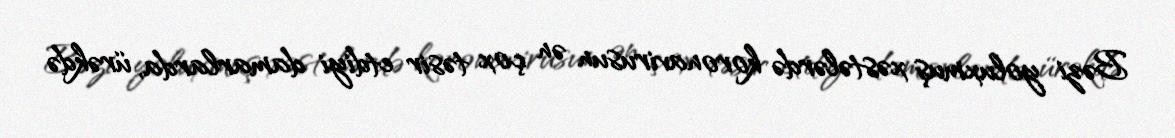
Bəzi yoluxmuş xəstələrdə koronavirusun ən çox təsir etdiyi damarlarda, ürəkdə